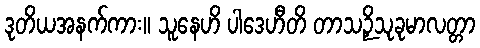
ဒုတိယအနက်ကား။ သူနေဟိ ပါဒေဟီတိ တာသဉှိသုခုမာလတ္တာ